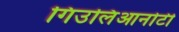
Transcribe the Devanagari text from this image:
गिउलिआनोटी